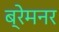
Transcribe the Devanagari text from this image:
ब्रेमनर